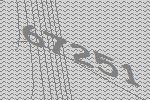
67251